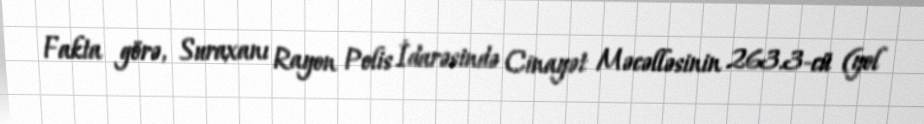
Fakta görə, Suraxanı Rayon Polis İdarəsində Cinayət Məcəlləsinin 263.3-cü (yol